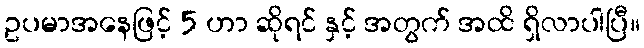
ဥပမာအနေဖြင့် 5 ဟာ ဆိုရင် နှင့် အတွက် အထိ ရှိလာပါပြီ။